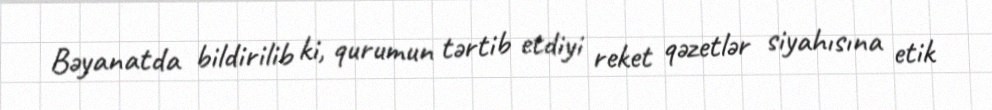
Bəyanatda bildirilib ki, qurumun tərtib etdiyi reket qəzetlər siyahısına etik